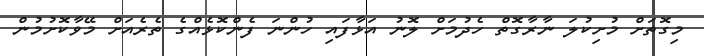
މިގޮތަށް މުށިކުލަ ނާރާގޮތް ހެދުމަށް ލޮނު އަޅާފައި ހުންނަ ފެންކޮޅެއްގެ ތެރެއަށް މޭވާކޮށުމުން